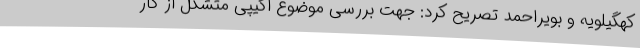
کهگیلویه و بویراحمد تصریح کرد: جهت بررسی موضوع اکیپی متشکل از کار